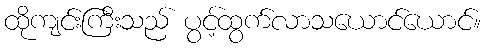
ထိုကျင်းကြီးသည် ပွင့်ထွက်လာသယောင်ယောင်။